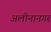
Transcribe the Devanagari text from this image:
अलीनानगर